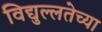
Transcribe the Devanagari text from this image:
विद्युल्लतेच्या